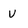
Character: V